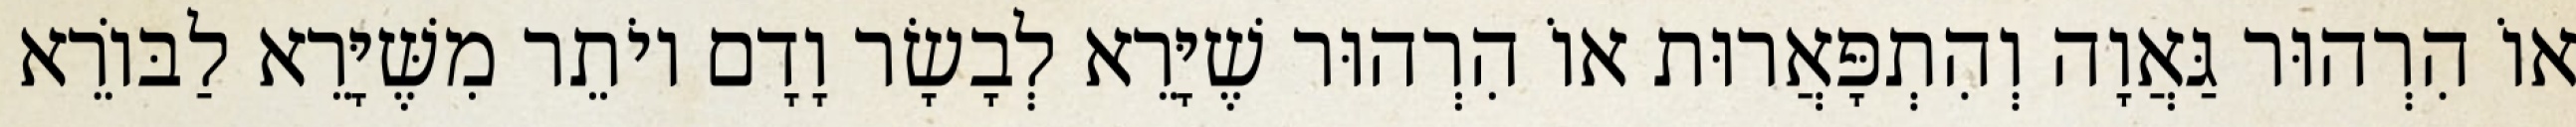
אוֹ הִרְהוּר גַּאֲוָה וְהִתְפָּאֲרוּת אוֹ הִרְהוּר שֶׁיָּרֵא לְבָשָׂר וָדָם יוֹתֵר מִשֶּׁיָּרֵא לַבּוֹרֵא